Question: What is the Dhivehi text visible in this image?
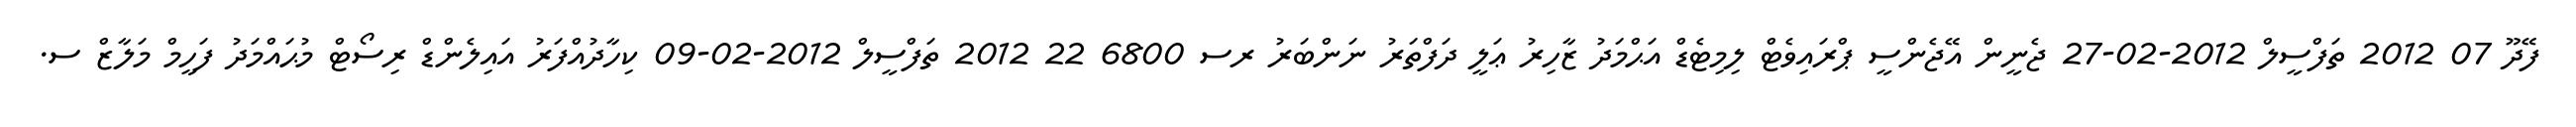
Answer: ފޭދޫ 07 2012 ތަފްސީލް 2012-02-27 ޖެނީން އޭޖެންސީ ޕްރައިވެޓް ލިމިޓެޑް އަޙްމަދު ޒާހިރު ޢަލީ ދަފްތަރު ނަންބަރު ރސ 6800 22 2012 ތަފްސީލް 2012-02-09 ކިހާދުއްފަރު އައިލެންޑް ރިސޯޓް މުޙައްމަދު ފަހީމް މަލާޒް ސ.